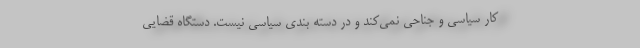
کار سیاسی و جناحی نمی‌کند و در دسته بندی سیاسی نیست. دستگاه قضایی